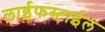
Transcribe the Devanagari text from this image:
लाईफस्टाईल